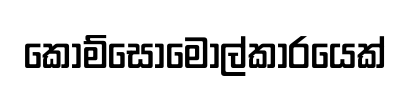
කොම්සොමොල්කාරයෙක්